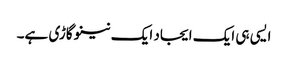
ایسی ہی ایک ایجاد ایک نینو گاڑی ہے۔